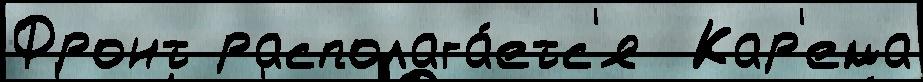
Фронт располага́етс'я  Кар'ема